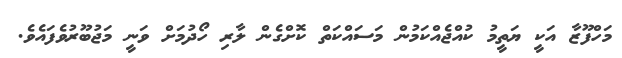
މަހްފޫޒާ އަކީ ޔަތީމު ކުއްޖެއްކަމުން މަސައްކަތް ކޮށްގެން ލާރި ހޯދުމަށް ވަނީ މަޖުބޫރުވެފައެވެ.